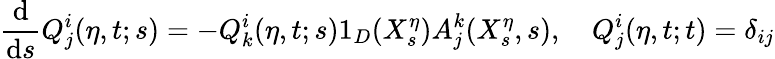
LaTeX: \frac{\mathrm{d}}{\mathrm{d}s}Q_{j}^{i}(\eta,t;s)=-Q_{k}^{i}(\eta,t;s)1_{D}(X_{s}^{\eta})A_{j}^{k}(X_{s}^{\eta},s),\quad Q_{j}^{i}(\eta,t;t)=\delta_{ij}